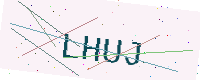
Text: LHUJ